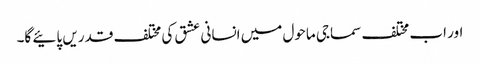
اور اب مختلف سماجی ماحول میں انسانی عشق کی مختلف قدریں پائیے گا۔